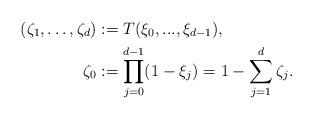
LaTeX: \begin{align*}(\zeta_{1},\dots,\zeta_{d})&:= T(\xi_0,...,\xi_{d-1}),\\ \zeta_0 &: = \displaystyle \prod_{j=0}^{d-1}(1-\xi_j)=1-\sum_{j=1}^d \zeta_j.\end{align*}